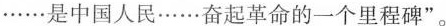
……是中国人民……奋起革命的一个里程碑”。